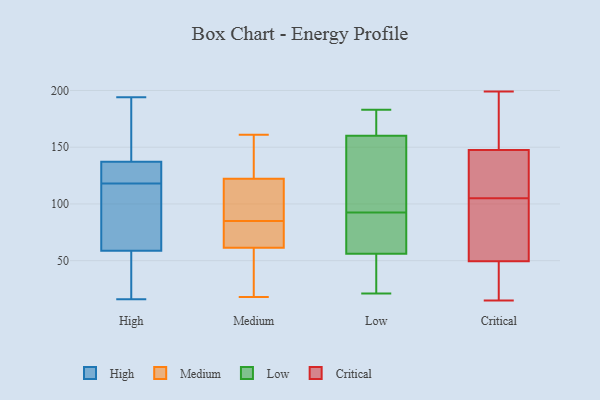
{"axis": {"x": "Satisfaction Score", "y": "Value"}, "legend": ["Critical", "High", "Low", "Medium"], "data": [{"x": "", "y": 166, "type": "High"}, {"x": "", "y": 18, "type": "High"}, {"x": "", "y": 96, "type": "High"}, {"x": "", "y": 39, "type": "High"}, {"x": "", "y": 119, "type": "High"}, {"x": "", "y": 194, "type": "High"}, {"x": "", "y": 33, "type": "High"}, {"x": "", "y": 189, "type": "High"}, {"x": "", "y": 140, "type": "High"}, {"x": "", "y": 121, "type": "High"}, {"x": "", "y": 56, "type": "High"}, {"x": "", "y": 119, "type": "High"}, {"x": "", "y": 118, "type": "High"}, {"x": "", "y": 99, "type": "High"}, {"x": "", "y": 129, "type": "High"}, {"x": "", "y": 67, "type": "High"}, {"x": "", "y": 108, "type": "High"}, {"x": "", "y": 16, "type": "High"}, {"x": "", "y": 185, "type": "High"}, {"x": "", "y": 18, "type": "Medium"}, {"x": "", "y": 29, "type": "Medium"}, {"x": "", "y": 120, "type": "Medium"}, {"x": "", "y": 123, "type": "Medium"}, {"x": "", "y": 85, "type": "Medium"}, {"x": "", "y": 61, "type": "Medium"}, {"x": "", "y": 114, "type": "Medium"}, {"x": "", "y": 84, "type": "Medium"}, {"x": "", "y": 161, "type": "Medium"}, {"x": "", "y": 128, "type": "Medium"}, {"x": "", "y": 138, "type": "Medium"}, {"x": "", "y": 80, "type": "Medium"}, {"x": "", "y": 43, "type": "Medium"}, {"x": "", "y": 120, "type": "Medium"}, {"x": "", "y": 63, "type": "Medium"}, {"x": "", "y": 148, "type": "Low"}, {"x": "", "y": 33, "type": "Low"}, {"x": "", "y": 28, "type": "Low"}, {"x": "", "y": 71, "type": "Low"}, {"x": "", "y": 106, "type": "Low"}, {"x": "", "y": 21, "type": "Low"}, {"x": "", "y": 21, "type": "Low"}, {"x": "", "y": 183, "type": "Low"}, {"x": "", "y": 160, "type": "Low"}, {"x": "", "y": 128, "type": "Low"}, {"x": "", "y": 175, "type": "Low"}, {"x": "", "y": 76, "type": "Low"}, {"x": "", "y": 59, "type": "Low"}, {"x": "", "y": 179, "type": "Low"}, {"x": "", "y": 132, "type": "Low"}, {"x": "", "y": 56, "type": "Low"}, {"x": "", "y": 79, "type": "Low"}, {"x": "", "y": 176, "type": "Low"}, {"x": "", "y": 146, "type": "Critical"}, {"x": "", "y": 32, "type": "Critical"}, {"x": "", "y": 84, "type": "Critical"}, {"x": "", "y": 41, "type": "Critical"}, {"x": "", "y": 135, "type": "Critical"}, {"x": "", "y": 181, "type": "Critical"}, {"x": "", "y": 97, "type": "Critical"}, {"x": "", "y": 113, "type": "Critical"}, {"x": "", "y": 58, "type": "Critical"}, {"x": "", "y": 15, "type": "Critical"}, {"x": "", "y": 149, "type": "Critical"}, {"x": "", "y": 199, "type": "Critical"}]}